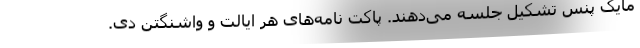
مایک پنس تشکیل جلسه می‌دهند. پاکت ‌نامه‌های هر ایالت و واشنگتن دی.